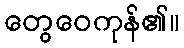
တွေဝေကုန်၏။